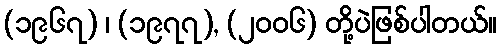
(၁၉၆၇) ၊ (၁၉၇၇), (၂၀၀၆) တို့ပဲဖြစ်ပါတယ်။